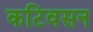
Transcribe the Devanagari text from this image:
कटिवसन